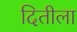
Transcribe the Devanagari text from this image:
दितीला